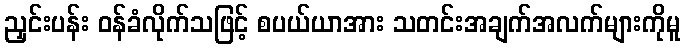
ညှင်းပန်း ဝန်ခံလိုက်သဖြင့် စပယ်ယာအား သတင်းအချက်အလက်များကိုမူ